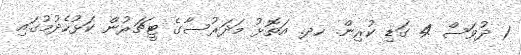
1 ދުވަސް 4 ގަޑި ކުރިން. ހދ. އަތޮޅު މަދަރުސާގެ ޓީޗަރުން ކަޅުހެދުމުގައި